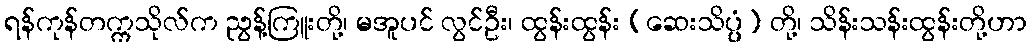
ရန်ကုန်တက္ကသိုလ်က ညွန့်ကြူးတို့၊ မအူပင် လွင်ဦး၊ ထွန်းထွန်း (ဆေးသိပ္ပ္ပံ) တို့၊ သိန်းသန်းထွန်းတို့ဟာ